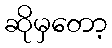
ဆိုမှတော့